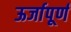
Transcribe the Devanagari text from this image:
ऊर्जापूर्ण